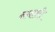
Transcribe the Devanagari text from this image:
नमाशी